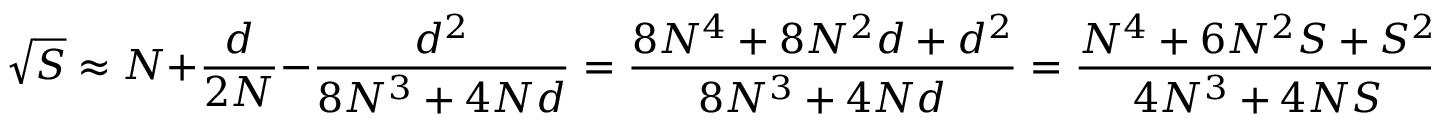
{ \sqrt { S } } \approx N + { \frac { d } { 2 N } } - { \frac { d ^ { 2 } } { 8 N ^ { 3 } + 4 N d } } = { \frac { 8 N ^ { 4 } + 8 N ^ { 2 } d + d ^ { 2 } } { 8 N ^ { 3 } + 4 N d } } = { \frac { N ^ { 4 } + 6 N ^ { 2 } S + S ^ { 2 } } { 4 N ^ { 3 } + 4 N S } } = { \frac { N ^ { 2 } ( N ^ { 2 } + 6 S ) + S ^ { 2 } } { 4 N ( N ^ { 2 } + S ) } } .